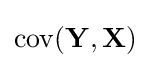
\operatorname {cov} (\mathbf {Y} ,\mathbf {X} )